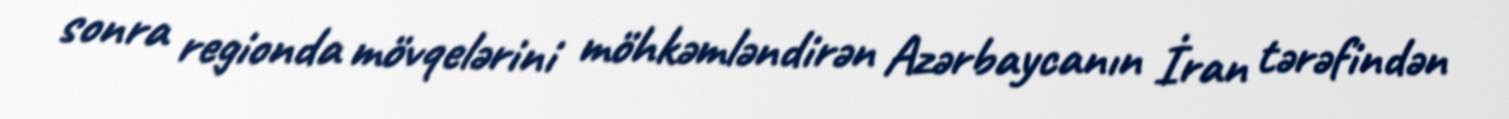
sonra regionda mövqelərini möhkəmləndirən Azərbaycanın İran tərəfindən